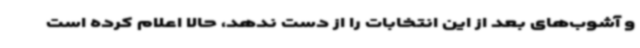
و آشوب‌های بعد از این انتخابات را از دست ندهد، حالا اعلام کرده است